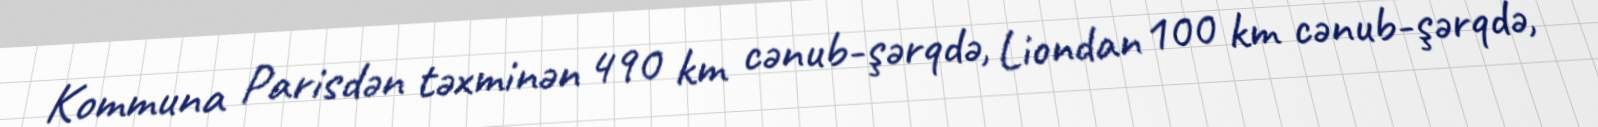
Kommuna Parisdən təxminən 490 km cənub-şərqdə, Liondan 100 km cənub-şərqdə,